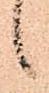
候